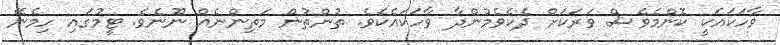
ވާހަކައަކީ ކޮންމެވެސް ވަރަކަށް ދެކެވެމުންދާ ވާހަކައެކެވެ. ތުންތުން މަތިންނެއް ނޫނެވެ. ޓީމުގައި ހިމެނޭ